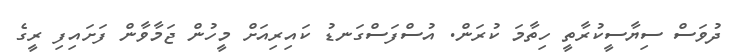
ދުވަސް ސިޔާސީކުރާތީ ހިތާމަ ކުރަން. އުސްފަސްގަނޑު ކައިރިއަށް މީހުން ޖަމާވާން ފަށައިފި ރީގެ